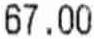
67.00